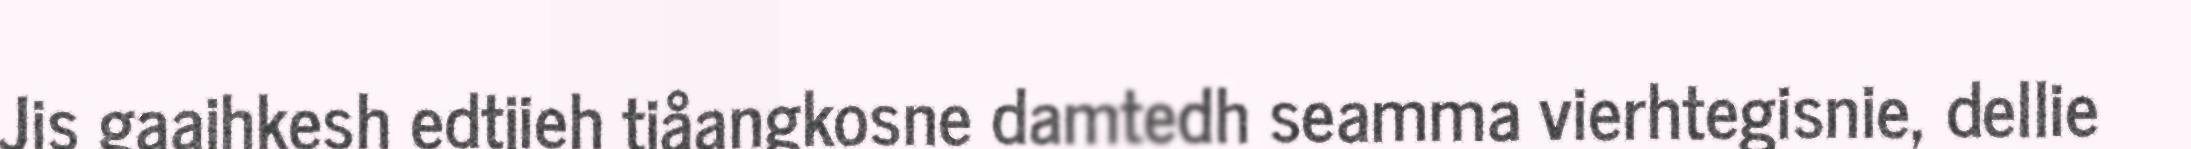
Jis gaajhkesh edtjieh tjåangkosne damtedh seamma vierhtegisnie, dellie